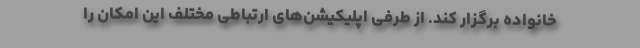
خانواده برگزار کند. از طرفی اپلیکیشن‌های ارتباطی مختلف این امکان را